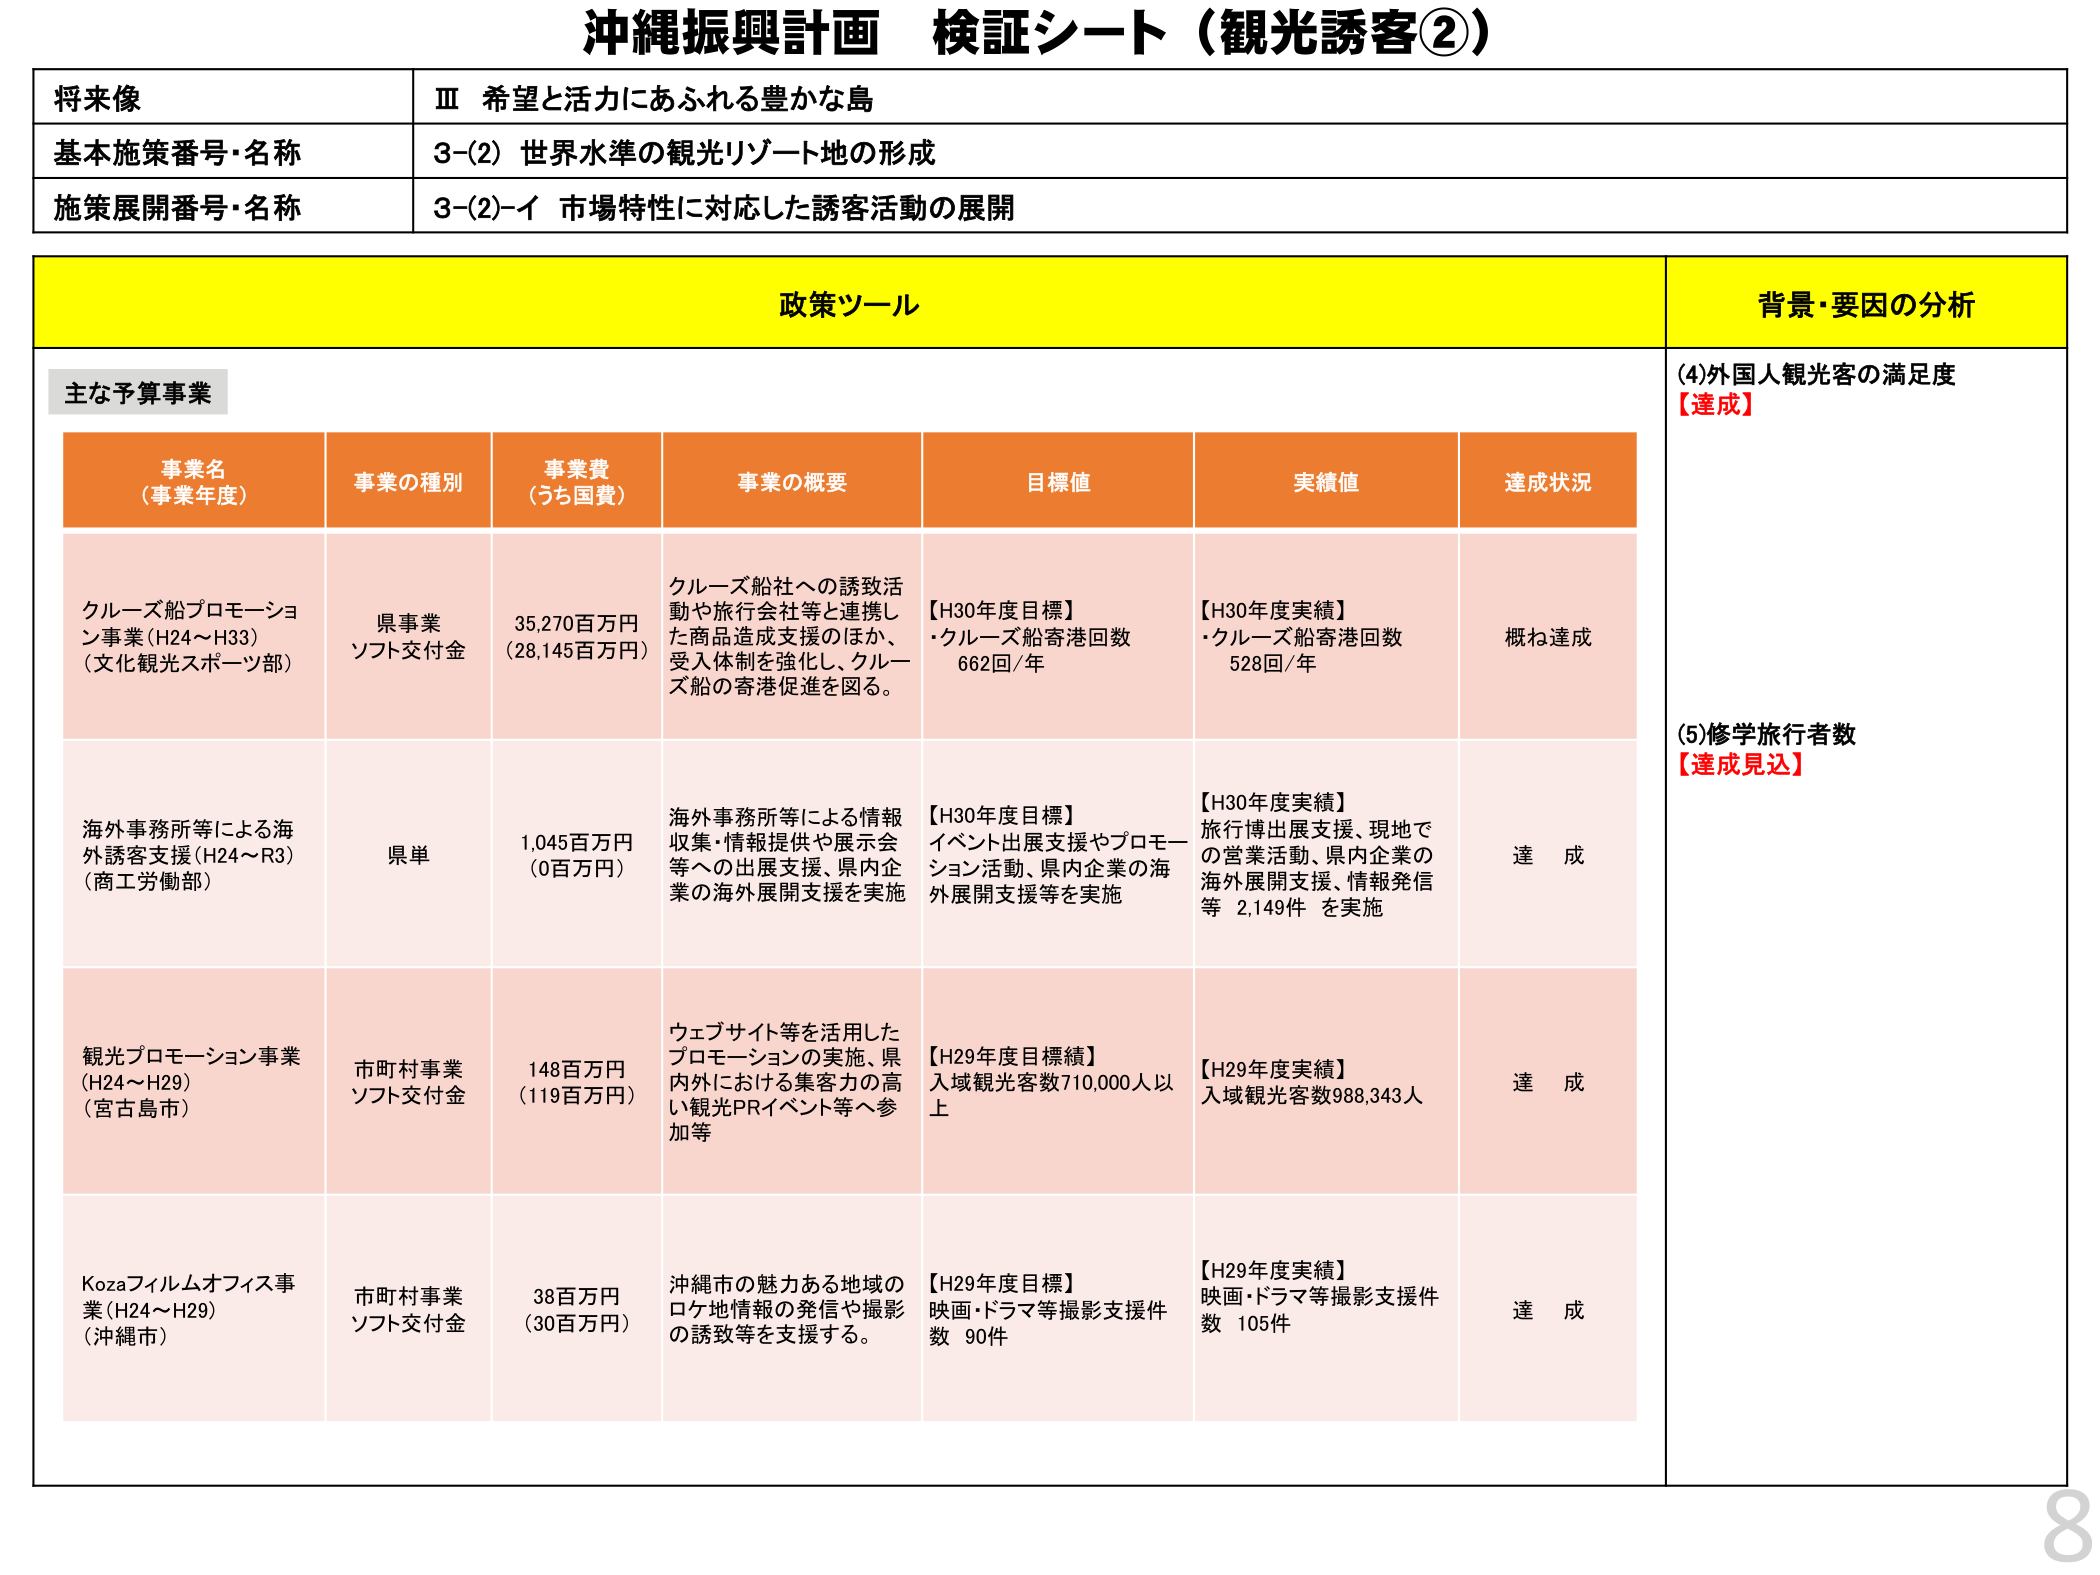
沖縄振興計画 検証シート（観光誘客②）

将来像
Ⅲ 希望と活力にあふれる豊かな島

基本施策番号・名称
3-(2) 世界水準の観光リゾート地の形成

施策展開番号・名称
3-(2)-イ 市場特性に対応した誘客活動の展開

政策ツール
背景・要因の分析

主な予算事業

事業名（事業年度）
事業の種別
事業費（うち国費）
事業の概要
目標値
実績値
達成状況

クルーズ船プロモーション事業（H24～H33）（文化観光スポーツ部）
県事業
ソフト交付金
35,270百万円（28,145百万円）
クルーズ船社への誘致活動や旅行会社等と連携した商品造成支援のほか、受入体制を強化し、クルーズ船の寄港促進を図る。
【H30年度目標】・クルーズ船寄港回数 662回/年
【H30年度実績】・クルーズ船寄港回数 528回/年
概ね達成

海外事務所等による海外誘客支援（H24～R3）（商工労働部）
県単
1,045百万円（0百万円）
海外事務所等による情報収集・情報提供や展示会等への出展支援、県内企業の海外展開支援を実施
【H30年度目標】イベント出展支援やプロモーション活動、県内企業の海外展開支援等を実施
【H30年度実績】旅行博出展支援、現地での営業活動、県内企業の海外展開支援、情報発信等 2,149件 を実施
達成

観光プロモーション事業（H24～H29）（宮古島市）
市町村事業
ソフト交付金
148百万円（119百万円）
ウェブサイト等を活用したプロモーションの実施、県内外における集客力の高い観光PRイベント等へ参加等
【H29年度目標】入域観光客数710,000人以上
【H29年度実績】入域観光客数988,343人
達成

Kozaフィルムオフィス事業（H24～H29）（沖縄市）
市町村事業
ソフト交付金
38百万円（30百万円）
沖縄市の魅力ある地域のロケ地情報の発信や撮影の誘致等を支援する。
【H29年度目標】映画・ドラマ等撮影支援件数 90件
【H29年度実績】映画・ドラマ等撮影支援件数 105件
達成

(4)外国人観光客の満足度
【達成】

(5)修学旅行者数
【達成見込】

8